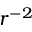
r ^ { - 2 }